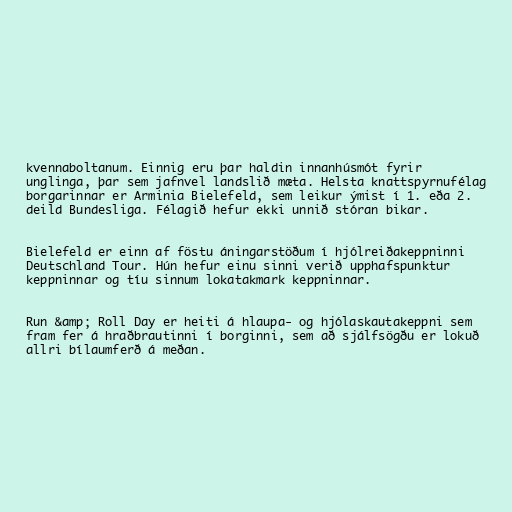
kvennaboltanum. Einnig eru þar haldin innanhúsmót fyrir
unglinga, þar sem jafnvel landslið mæta. Helsta knattspyrnufélag
borgarinnar er Arminia Bielefeld, sem leikur ýmist í 1. eða 2.
deild Bundesliga. Félagið hefur ekki unnið stóran bikar.

Bielefeld er einn af föstu áningarstöðum í hjólreiðakeppninni
Deutschland Tour. Hún hefur einu sinni verið upphafspunktur
keppninnar og tíu sinnum lokatakmark keppninnar.

Run &amp; Roll Day er heiti á hlaupa- og hjólaskautakeppni sem
fram fer á hraðbrautinni í borginni, sem að sjálfsögðu er lokuð
allri bílaumferð á meðan.